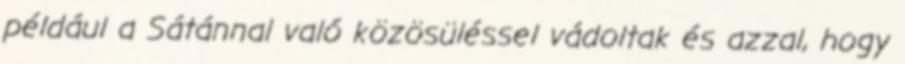
például a Sátánnal való közösüléssel vádoltak és azzal, hogy